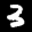
Label: 3